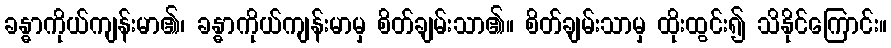
ခန္ဓာကိုယ်ကျန်းမာ၏၊ ခန္ဓာကိုယ်ကျန်းမာမှ စိတ်ချမ်းသာ၏။ စိတ်ချမ်းသာမှ ထိုးထွင်း၍ သိနိုင်ကြောင်း။